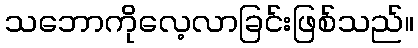
သဘောကိုလေ့လာခြင်းဖြစ်သည်။